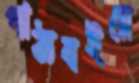
পাঠ্যবইয়ে